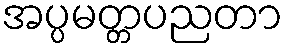
အပ္ပမတ္တပညတာ